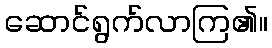
ဆောင်ရွက်လာကြ၏။